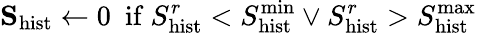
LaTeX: \mathbf{S}_{\mathrm{hist}}\leftarrow 0\ \ \mathrm{if}\ S_{\mathrm{hist}}^{r}<S_{\mathrm{hist}}^{\mathrm{min}}\lor S_{\mathrm{hist}}^{r}>S_{\mathrm{hist}}^{\mathrm{max}}